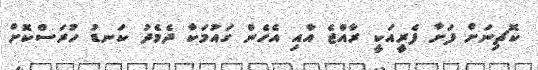
ކޮޗިނަށް ފަށާ ފެރީއަކީ ރާއްޖެ އާއި އެހެން ގައުމަކާ ދެމެދު ކަނޑު ހުރަސްކޮށް